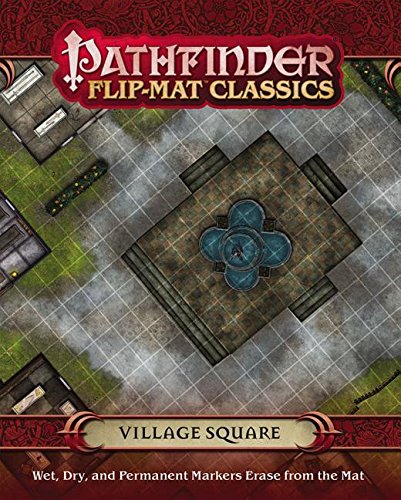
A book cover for Pathfinder Flip-Mat Classics: Village Square; Corey Macourek; Science Fiction & Fantasy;